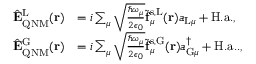
\begin{array} { r l } { \hat { \mathbf { E } } _ { \mathrm { Q N M } } ^ { \mathrm { L } } ( \mathbf { r } ) } & { = i \sum _ { \mu } \sqrt { \frac { \hbar \omega _ { \mu } } { 2 \epsilon _ { 0 } } } \tilde { \mathbf { f } } _ { \mu } ^ { \mathrm { s , L } } ( \mathbf { r } ) a _ { \mathrm { L } \mu } + \mathrm { H . a . } , } \\ { \hat { \mathbf { E } } _ { \mathrm { Q N M } } ^ { \mathrm { G } } ( \mathbf { r } ) } & { = i \sum _ { \mu } \sqrt { \frac { \hbar \omega _ { \mu } } { 2 \epsilon _ { 0 } } } \tilde { \mathbf { f } } _ { \mu } ^ { \mathrm { s , G } } ( \mathbf { r } ) a _ { \mathrm { G } \mu } ^ { \dagger } + \mathrm { H . a . } . , } \end{array}